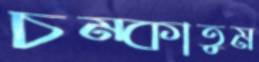
চম্‌কাতুম